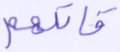
قاتلهم